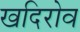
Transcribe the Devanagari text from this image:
खदिरोव